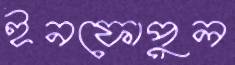
ইনফোপুল